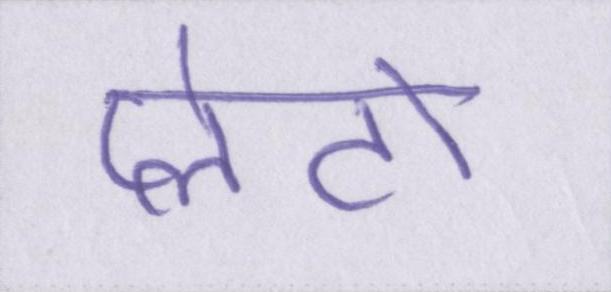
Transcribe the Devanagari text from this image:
प्लेटो